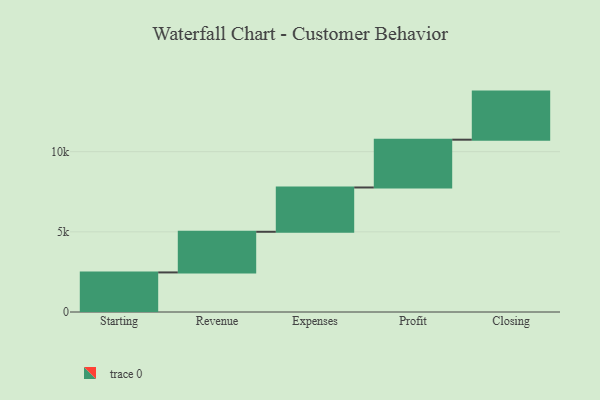
{"axis": {"x": "Step", "y": "Value"}, "legend": [""], "data": [{"x": "Starting", "y": 2468.0, "type": ""}, {"x": "Revenue", "y": 2536.0, "type": ""}, {"x": "Expenses", "y": 2763.0, "type": ""}, {"x": "Profit", "y": 2981.0, "type": ""}, {"x": "Closing", "y": 3000, "type": ""}]}